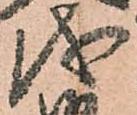
儀